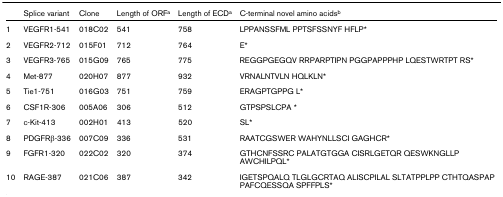
<table><thead><tr><td></td><td><b>Splice variant</b></td><td><b>Clone</b></td><td><b>Length of ORF<sup>a</sup></b></td><td><b>Length of ECD<sup>a</sup></b></td><td><b>C-terminal novel amino acids<sup>b</sup></b></td></tr></thead><tbody><tr><td>1</td><td>VEGFR1-541</td><td>018C02</td><td>541</td><td>758</td><td>LPPANSSFML PPTSFSSNYF HFLP*</td></tr><tr><td>2</td><td>VEGFR2-712</td><td>015F01</td><td>712</td><td>764</td><td>E*</td></tr><tr><td>3</td><td>VEGFR3-765</td><td>015G09</td><td>765</td><td>775</td><td>REGGPGEGQV RRPARPTIPN PGGPAPPPHP LQESTWRTPT RS*</td></tr><tr><td>4</td><td>Met-877</td><td>020H07</td><td>877</td><td>932</td><td>VRNALNTVLN HQLKLN*</td></tr><tr><td>5</td><td>Tie1-751</td><td>016G03</td><td>751</td><td>759</td><td>ERAGPTGPPG L*</td></tr><tr><td>6</td><td>CSF1R-306</td><td>005A06</td><td>306</td><td>512</td><td>GTPSPSLCPA *</td></tr><tr><td>7</td><td>c-Kit-413</td><td>002H01</td><td>413</td><td>520</td><td>SL*</td></tr><tr><td>8</td><td>PDGFRβ-336</td><td>007C09</td><td>336</td><td>531</td><td>RAATCGSWER WAHYNLLSCI GAGHCR*</td></tr><tr><td>9</td><td>FGFR1-320</td><td>022C02</td><td>320</td><td>374</td><td>GTHCNFSSRC PALATGTGGA CISRLGETQR QESWKNGLLP AWCHILPQL*</td></tr><tr><td>10</td><td>RAGE-387</td><td>021C06</td><td>387</td><td>342</td><td>IGETSPQALQ TLGLGCRTAQ ALISCPILAL SLTATPPLPP CTHTQASPAP PAFCQESSQA SPFFPLS*</td></tr></tbody></table>